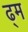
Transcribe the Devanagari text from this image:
ढ्म